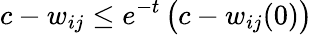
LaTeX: c-w_{ij}\leq e^{-t}\, \big(c-w_{ij}(0)\big)